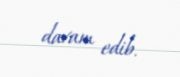
davam edib.